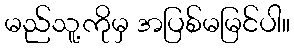
မည်သူ့ကိုမှ အပြစ်မမြင်ပါ။